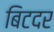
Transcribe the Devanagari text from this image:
बिटदर